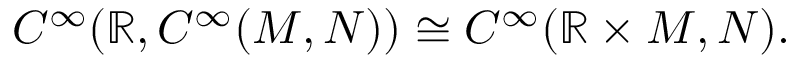
C ^ { \infty } ( \mathbb { R } , C ^ { \infty } ( M , N ) ) \cong C ^ { \infty } ( \mathbb { R } \times M , N ) .